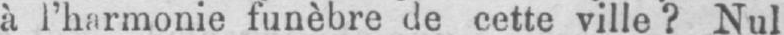
à l’harmonie funèbre de cette ville? Nul